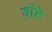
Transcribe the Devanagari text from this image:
बोंडे